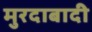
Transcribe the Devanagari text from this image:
मुरदाबादी